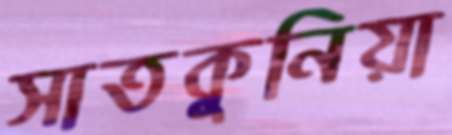
সাতকুনিয়া